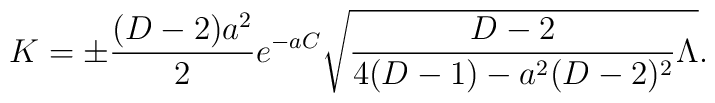
K=\pm{{(D-2)a^2}\over 2}e^{-aC}\sqrt{{{D-2}\over{4(D-1)-a^2(D-2)^2}}\Lambda}.